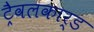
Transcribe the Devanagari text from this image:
ट्रैवलकार्ड